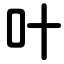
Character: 叶